Vaccination report Assam 1896-1927 - 1896-1927
Year: 1896
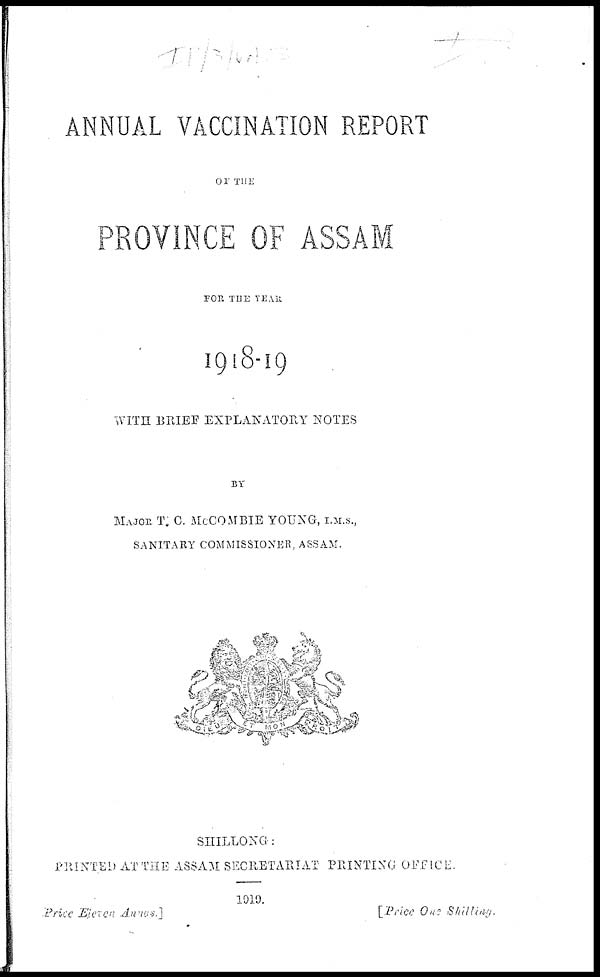
ANNUAL VACCINATION REPORT
OF THE
PROVINCE OF ASSAM
FOR THE YEAR
1918-19
WITH BRIEF EXPLANATORY NOTES
BY
MAJOR T. C. McCOMBIE YOUNG, I.M.S.,
SANITARY COMMISSIONER, ASSAM.
SHILLONG :
PRINTED AT THE ASSAM SECRETARIAT PRINTING OFFICE.
1919.
Price Eleven Annas.]
[Price One Shilling.